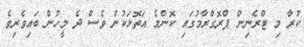
ކުރާ މި ޓްރެނިން ޕްރޮގްރާމުގައި ކޮންމެ އަތޮޅަކުން ވެސް ދެ މީހުން ބަައިވެރިވެ